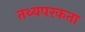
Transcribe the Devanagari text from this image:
तथ्यपरकता